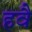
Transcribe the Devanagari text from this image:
हवै